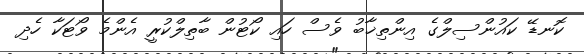
ކޮނޑޭ ކައުންސިލްގެ އިންތިޚާބު ވެސް ހައި ކޯޓުން ބާތިލްކުރީ އެންމެ ވޯޓަކާ ހެދި